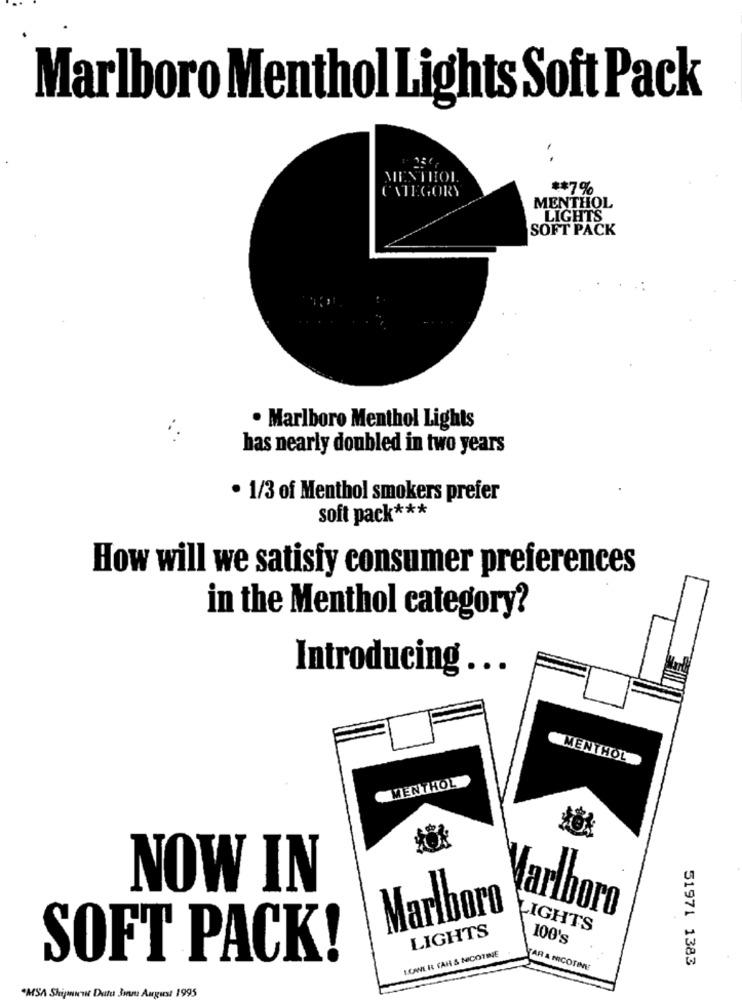
Marlboro Menthol Lights Soft Pack
. .
MENTHOL
CATEGORY
** 7%
MENTHOL
LIGHTS
SOFT PACK
. Marlboro Menthol Lights
has nearly doubled in two years
· 1/3 of Menthol smokers prefer
soft pack ***
How will we satisfy consumer preferences
in the Menthol category?
Introducing ...
MENTHOL
MENTHOL
NOW IN
Marlboro
arlboro
LIGHTS
LIGHTS
100's
LOWLIL FAR & NICOTINE
SOFT PACK!
51971 1383
AR & NICOTINE
*MSA Shipan
Dutu Jonna August 1995